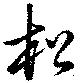
松